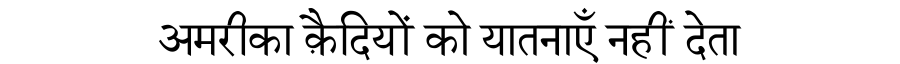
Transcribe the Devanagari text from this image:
अमरीका क़ैदियों को यातनाएँ नहीं देता